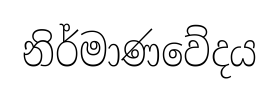
නිර්මාණවේදය